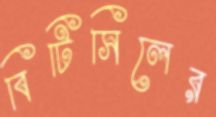
বিটিসিলের